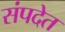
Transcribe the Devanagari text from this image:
संपदेत